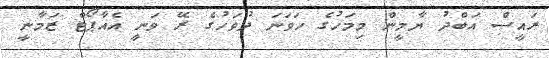
ރައީސް އަބްދު ޔާމީން މިމަހުގެ ހަވަނަ ދުވަހުގެ ރޭ ވަނީ އެއާޕޯޓް ޒަމާނީ